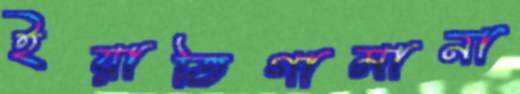
ইয়াতিগামানা